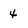
Character: 4